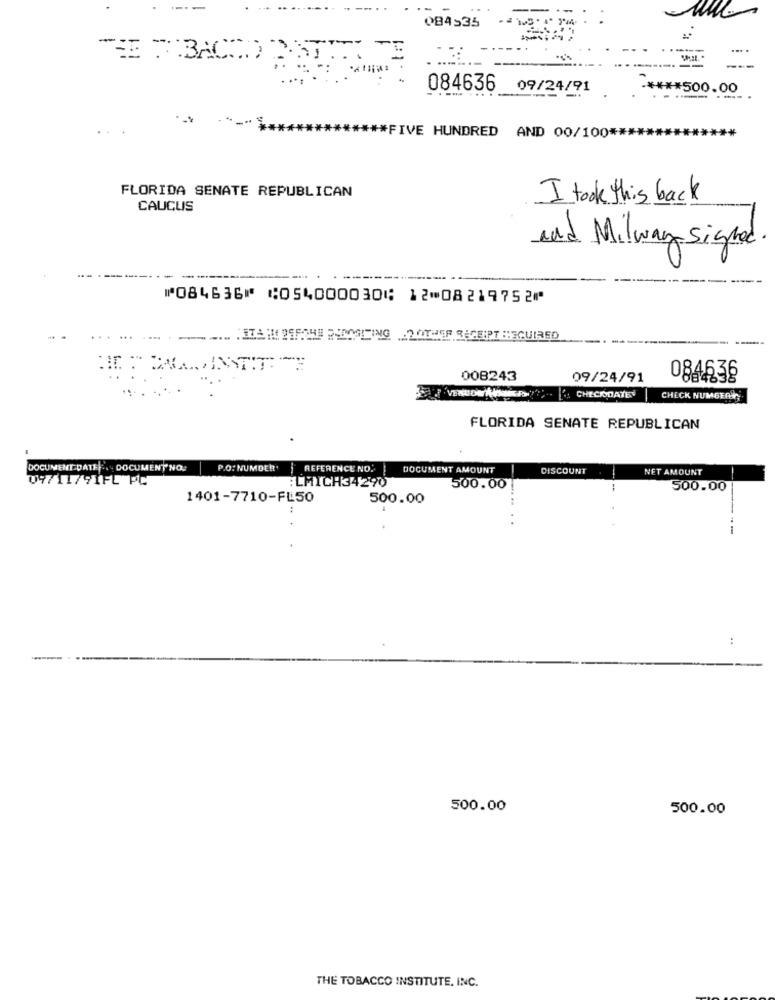
-
----
084535
----
----
... .
*= BAC ...
084636 09/24/91
***** 500.00
*************** FIVE HUNDRED AND 00/100 ****
FLORIDA SENATE REPUBLICAN
I took this back
CAUCUS
and Milway Signed
-----
---
⑈084636⑈ ⑆054000030⑆ 12⑉08219752⑈
..... ILAIR ISFOUS PROMOTING 2OTHER RECEIPT BEGUIRED
008243
09/24/91
084636
5VEnowpas. 6 CHECODATE
CHECK NUMBER
FLORIDA SENATE REPUBLICAN
DOCUMENT DATE .. DOCUMENT NO
P.O: NUMBER'
REFERENCE NO.
DOCUMENT AMOUNT
DISCOUNT
NET AMOUNT
09/11/91FL PC
:LMICH34290
500.00
500.00
1401-7710-FL50
500.00
500.00
500.00
THE TOBACCO INSTITUTE, INC.